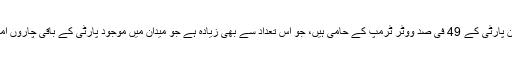
’سی این این/او آر سی‘ نے کہا ہے کہ ریپبلیکن پارٹی کے 49 فی صد ووٹر ٹرمپ کے حامی ہیں، جو اُس تعداد سے بھی زیادہ ہے جو میدان میں موجود پارٹی کے باقی چاروں امیدواروں کی مجموعی مقبولیت سے زیادہ ہے۔